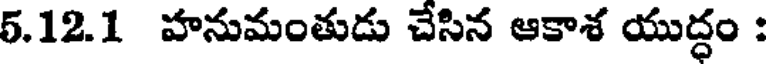
5.12.1 హనుమంతుడు చేసిన ఆకాశ యుద్ధం :